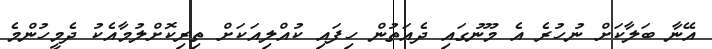
އޭނާ ބަލާކަށް ނުހުރެ އެ މޫނުގައި ދެއަތުން ހިފައި ކުއްލިއަކަށް ތިރިކޮށްލުމާއެކު ދެމީހުންމެ